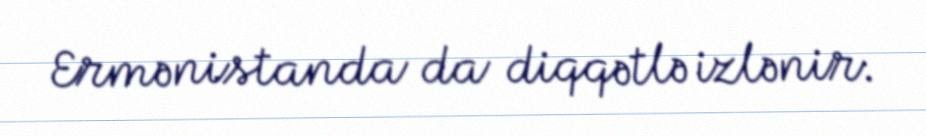
Ermənistanda da diqqətlə izlənir.